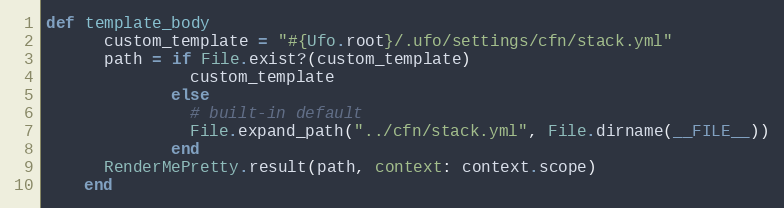
Language: Ruby
def template_body
      custom_template = "#{Ufo.root}/.ufo/settings/cfn/stack.yml"
      path = if File.exist?(custom_template)
               custom_template
             else
               # built-in default
               File.expand_path("../cfn/stack.yml", File.dirname(__FILE__))
             end
      RenderMePretty.result(path, context: context.scope)
    end